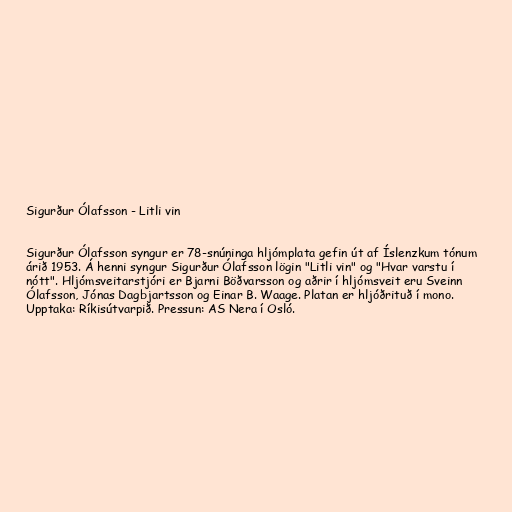
Sigurður Ólafsson - Litli vin

Sigurður Ólafsson syngur er 78-snúninga hljómplata gefin út af Íslenzkum tónum
árið 1953. Á henni syngur Sigurður Ólafsson lögin "Litli vin" og "Hvar varstu í
nótt". Hljómsveitarstjóri er Bjarni Böðvarsson og aðrir í hljómsveit eru Sveinn
Ólafsson, Jónas Dagbjartsson og Einar B. Waage. Platan er hljóðrituð í mono.
Upptaka: Ríkisútvarpið. Pressun: AS Nera í Osló.